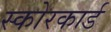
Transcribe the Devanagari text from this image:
स्‍कोरकार्ड